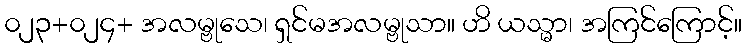
၀၂၃+၀၂၄+ အလမ္ဗုသေ၊ ရှင်မအလမ္ဗုသာ။ ဟိ ယသ္မာ၊ အကြင်ကြောင့်။